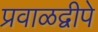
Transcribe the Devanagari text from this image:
प्रवाळद्वीपे